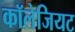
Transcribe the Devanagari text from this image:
कॉलेजियट